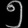
Digit: ၅